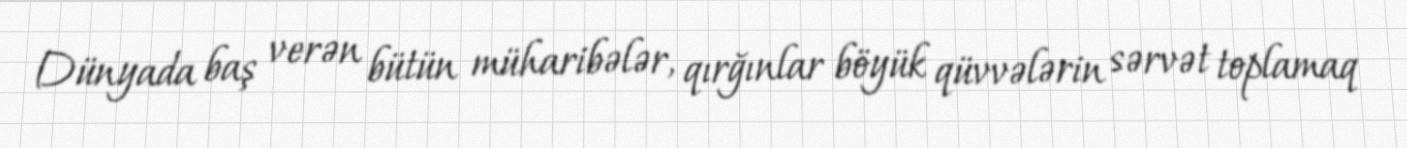
Dünyada baş verən bütün müharibələr, qırğınlar böyük qüvvələrin sərvət toplamaq